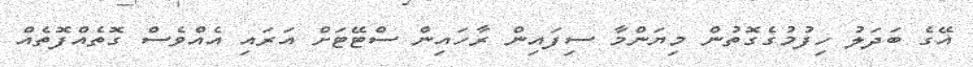
އޭގެ ބަދަލު ހިފުމުގެގޮތުން މިޔަންމާ ސިފައިން ރާހައިން ސްޓޭޓަށް އަރައި އެއްވެސް ގޮތެއްފޮތެއް